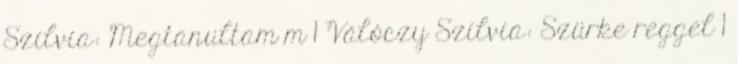
Szilvia: Megtanultam m 1 Válóczy Szilvia: Szürke reggel 1